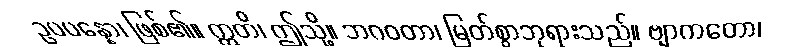
ဥပပန္နော၊ ဖြစ်၏။ ဣတိ၊ ဤသို့။ ဘဂဝတာ၊ မြတ်စွာဘုရားသည်။ ဗျာကတော၊